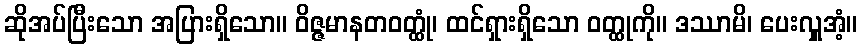
ဆိုအပ်ပြီးသော အပြားရှိသော။ ဝိဇ္ဇမာနတဝတ္ထုံ၊ ထင်ရှားရှိသော ဝတ္ထုကို။ ဒဿာမိ၊ ပေးလှူအံ့။